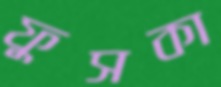
ফুসকা